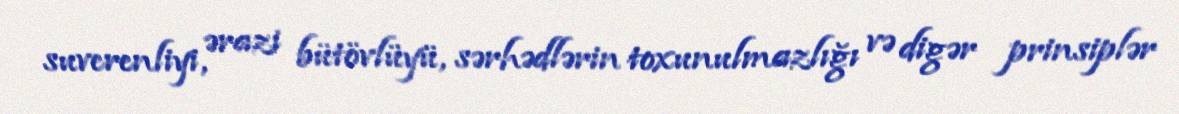
suverenliyi, ərazi bütövlüyü, sərhədlərin toxunulmazlığı və digər prinsiplər